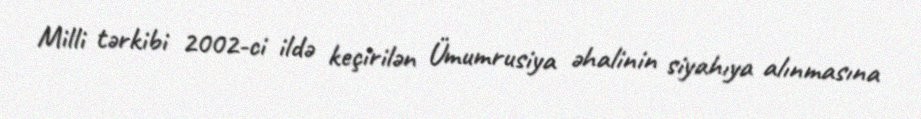
Milli tərkibi 2002-ci ildə keçirilən Ümumrusiya əhalinin siyahıya alınmasına